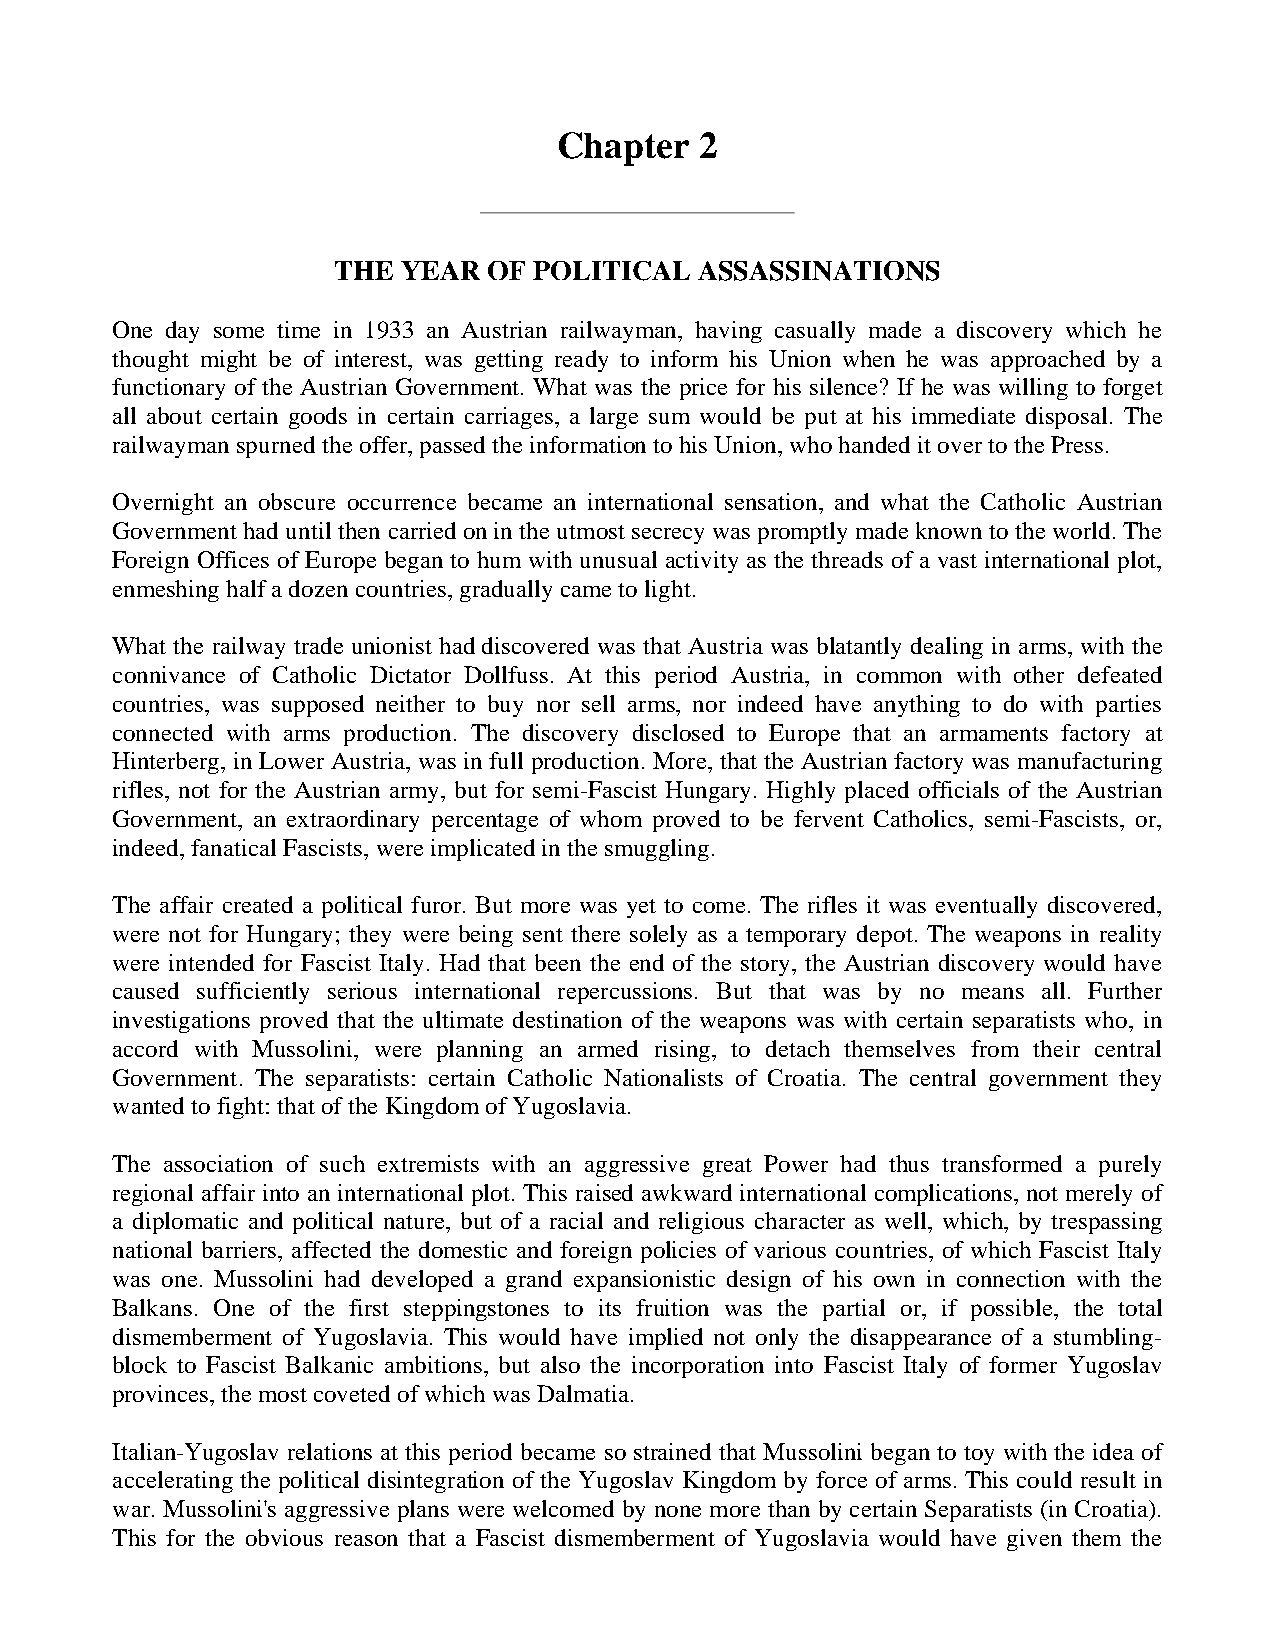
Chapter  2
 THE  YEAR OF POLITICAL  ASSASSINATIONS
 One day some time in 1933 an Austrian railwayman, having casually made a discovery which he
 thought might be of interest, was getting ready to inform his Union when he was approached by a
 functionary of the Austrian Government. What was the price for his silence? If he was willing to forget
 all about certain goods in certain carriages, a large sum would be put at his immediate disposal. The
 railwayman spurned the offer, passed the information to his Union, who handed it over to the Press.
 Overnight an obscure occurrence became an international sensation, and what the Catholic Austrian
 Government had until then carried on in the utmost secrecy was promptly made known to the world. The
 Foreign Offices of Europe began to hum with unusual activity as the threads of a vast international plot,
 enmeshing half a dozen countries, gradually came to light.
 What the railway trade unionist had discovered was that Austria was blatantly dealing in arms, with the
 connivance of Catholic Dictator Dollfuss. At this period Austria, in common with other defeated
 countries, was supposed neither to buy nor sell arms, nor indeed have anything to do with parties
 connected with arms production. The discovery disclosed to Europe that an armaments factory at
 Hinterberg, in Lower Austria, was in full production. More, that the Austrian factory was manufacturing
 rifles, not for the Austrian army, but for semi-Fascist Hungary. Highly placed officials of the Austrian
 Government, an extraordinary percentage of whom proved to be fervent Catholics, semi-Fascists, or,
 indeed, fanatical Fascists, were implicated in the smuggling.
 The affair created a political furor. But more was yet to come. The rifles it was eventually discovered,
 were not for Hungary; they were being sent there solely as a temporary depot. The weapons in reality
 were intended for Fascist Italy. Had that been the end of the story, the Austrian discovery would have
 caused sufficiently serious international repercussions. But that was by no means all. Further
 investigations proved that the ultimate destination of the weapons was with certain separatists who, in
 accord with Mussolini, were planning an armed rising, to detach themselves from their central
 Government. The separatists: certain Catholic Nationalists of Croatia. The central government they
 wanted to fight: that of the Kingdom of Yugoslavia.
 The association of such extremists with an aggressive great Power had thus transformed a purely
 regional affair into an international plot. This raised awkward international complications, not merely of
 a diplomatic and political nature, but of a racial and religious character as well, which, by trespassing
 national barriers, affected the domestic and foreign policies of various countries, of which Fascist Italy
 was one. Mussolini had developed a grand expansionistic design of his own in connection with the
 Balkans. One of the first steppingstones to its fruition was the partial or, if possible, the total
 dismemberment of Yugoslavia. This would have implied not only the disappearance of a stumbling-
 block to Fascist Balkanic ambitions, but also the incorporation into Fascist Italy of former Yugoslav
 provinces, the most coveted of which was Dalmatia.
 Italian-Yugoslav relations at this period became so strained that Mussolini began to toy with the idea of
 accelerating the political disintegration of the Yugoslav Kingdom by force of arms. This could result in
 war. Mussolini's aggressive plans were welcomed by none more than by certain Separatists (in Croatia).
 This for the obvious reason that a Fascist dismemberment of Yugoslavia would have given them the